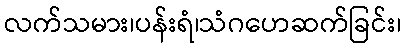
လက်သမား၊ပန်းရံ၊သံဂဟေဆက်ခြင်း၊